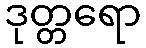
ဒုတ္တရော